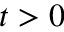
t > 0